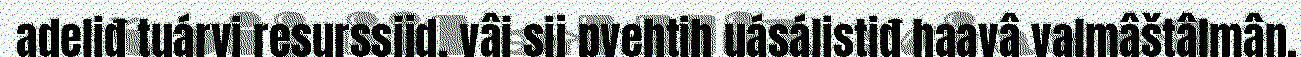
adeliđ tuárvi resurssijd, vâi sij pyehtih uásálistiđ haavâ valmâštâlmân.